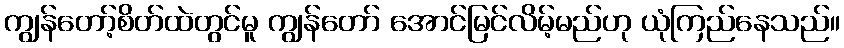
ကျွန်တော့်စိတ်ထဲတွင်မူ ကျွန်တော် အောင်မြင်လိမ့်မည်ဟု ယုံကြည်နေသည်။